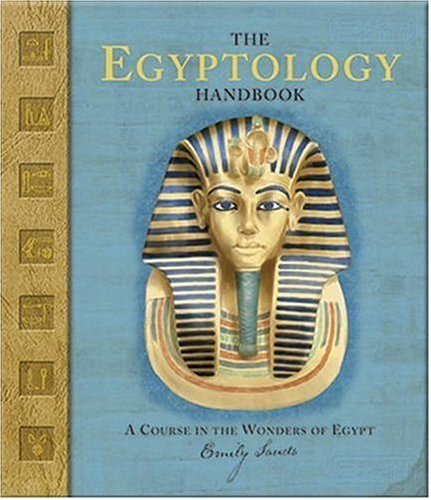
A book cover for The Egyptology Handbook: A Course in the Wonders of Egypt (Ologies); Emily Sands; Children's Books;